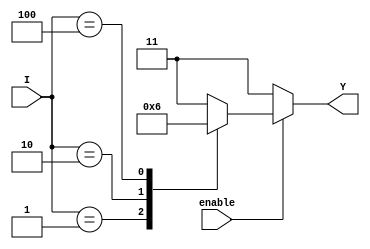
module binary_encoder (
    input wire [3:0] I,      // Input lines (4 lines for this example)
    input wire enable,       // Enable signal
    output reg [1:0] Y       // Output lines (2 lines for 4 inputs)
);

always @(*) begin
    if (enable) begin
        case (I)
            4'b0001: Y = 2'b00; // I0 active
            4'b0010: Y = 2'b01; // I1 active
            4'b0100: Y = 2'b10; // I2 active
            4'b1000: Y = 2'b11; // I3 active
            default: Y = 2'b11;  // Invalid state (no active inputs)
        endcase
    end else begin
        Y = 2'b11;  // If not enabled, also output invalid state
    end
end

endmodule